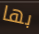
بها